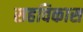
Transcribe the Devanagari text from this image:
सहविकास